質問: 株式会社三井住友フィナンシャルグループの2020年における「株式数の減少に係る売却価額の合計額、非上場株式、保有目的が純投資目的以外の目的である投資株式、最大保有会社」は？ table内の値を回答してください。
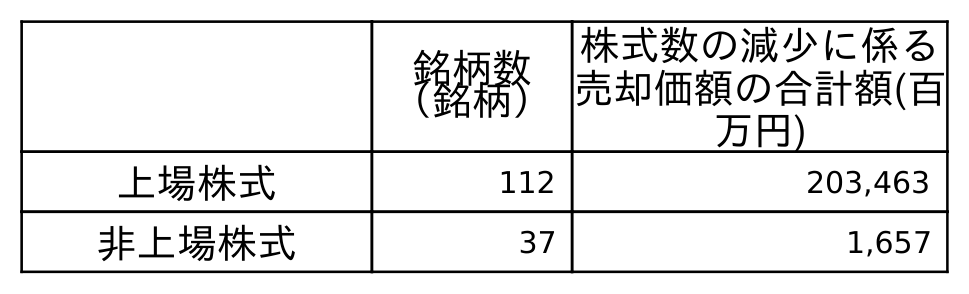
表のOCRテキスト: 銘柄数 （銘柄） 株式数の減少に係る 売却価額の合計額(百 万円) 上場株式 112 203,463 非上場株式 37 1,657
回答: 1,657